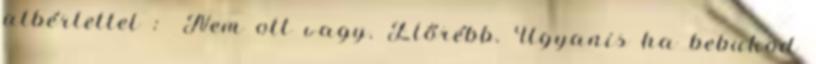
albérlettel : Nem ott vagy. Előrébb. Ugyanis ha bebukod